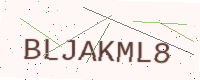
Text: BLJAKML8